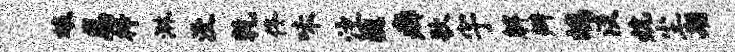
娘忍梓淋没乾佟味注魏癖歌宇解辫鸪淡炕尘期